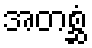
အတစ္ဆံ